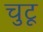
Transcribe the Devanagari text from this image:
चुटू